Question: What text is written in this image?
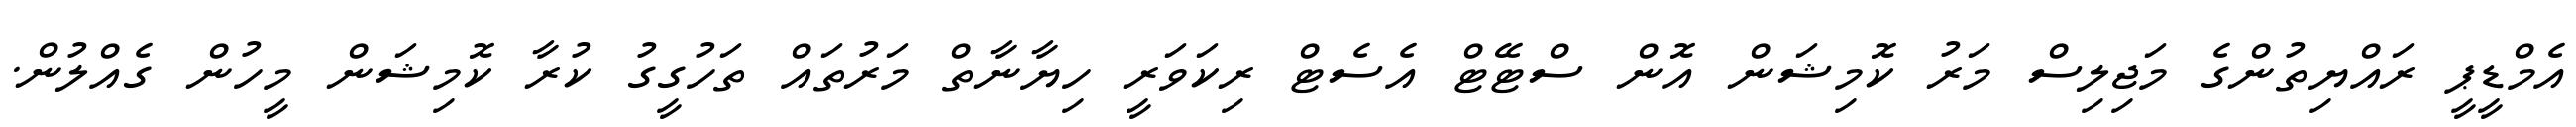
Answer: އެމްޑީޕީ ރައްޔިތުންގެ މަޖިލިސް މަރު ކޮމިޝަން އޮން ސްޓޭޓް އެސެޓް ރިކަވަރީ ހިޔާނާތް މަރުތައް ތަހުގީގު ކުރާ ކޮމިޝަން މީހުން ގެއްލުން.